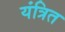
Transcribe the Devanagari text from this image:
यंत्रित